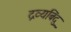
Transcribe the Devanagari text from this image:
द्रव्यबिंदु